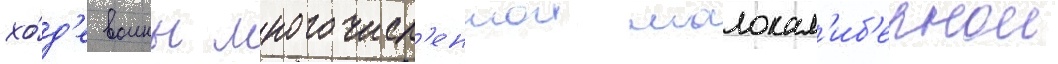
хо́д'е воины многочисл'еннои малокал'иб'ернои